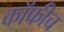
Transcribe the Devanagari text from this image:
कॉफीच